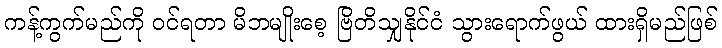
ကန့်ကွက်မည်ကို ဝင်ရတာ မိဘမျိုးစေ့ ဗြိတိသျှနိုင်ငံ သွားရောက်ဖွယ် ထားရှိမည်ဖြစ်